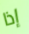
إذا